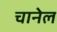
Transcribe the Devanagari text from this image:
चानेल